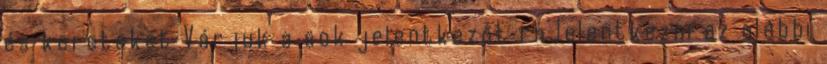
és kereteket Várjuk a sok jelentkezőt rnJelentkezni az alábbi